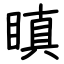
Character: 瞋